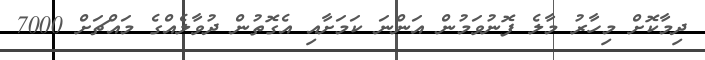
ދިމާކޮށް މިހާރު މާލެ ފޮނުވަމުން އަންނަ ކަމަށާއި އެގޮތުން ދުވާލެއްގެ މައްޗަށް 7000